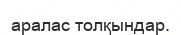
аралас толқындар.